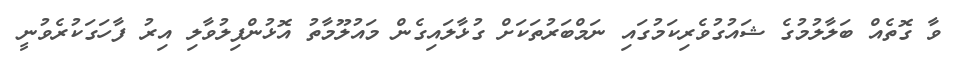
ވާ ގޮތެއް ބަލާލުމުގެ ޝައުގުވެރިކަމުގައި ނަމްބަރުތަކަށް ގުޅާލައިގެން މައުލޫމާތު އޮޅުންފިލުވާލި އިރު ފާހަގަކުރެވުނީ